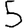
Digit: 5